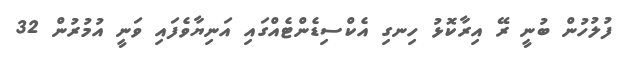
ފުލުހުން ބުނީ ރޭ އިރާކޮޅު ހިނގި އެކްސިޑެންޓެއްގައި އަނިޔާވެފައި ވަނީ އުމުރުން 32